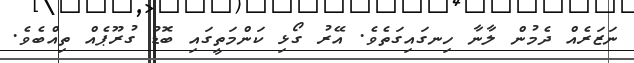
ނަޒަރެއް ދެމުން ލާނާ ހިނގައިގަތެވެ. އޭރު ގޯޅި ކަންމަތީގައި ބޮޑު ގުރޫޕެއް ތިއްބެވެ.